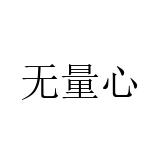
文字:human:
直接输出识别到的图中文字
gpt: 无量心